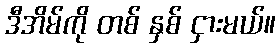
ဒီအိမ်ကို တစ် နှစ် ငှားမယ်။